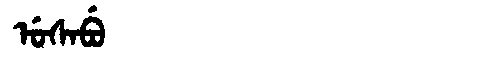
Manchu: ᡠᠰᠠᠪᡠ
Romanization: USABU